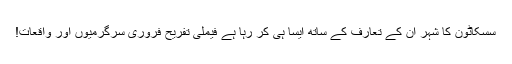
سسکاٹون کا شہر ان کے تعارف کے ساتھ ایسا ہی کر رہا ہے فیملی تفریح ​​فروری سرگرمیوں اور واقعات!